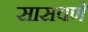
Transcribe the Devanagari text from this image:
सासवणें